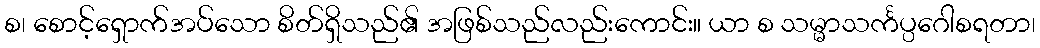
စ၊ စောင့်ရှောက်အပ်သော စိတ်ရှိသည်၏ အဖြစ်သည်လည်းကောင်း။ ယာ စ သမ္မာသင်္ကပ္ပဂေါစရတာ၊